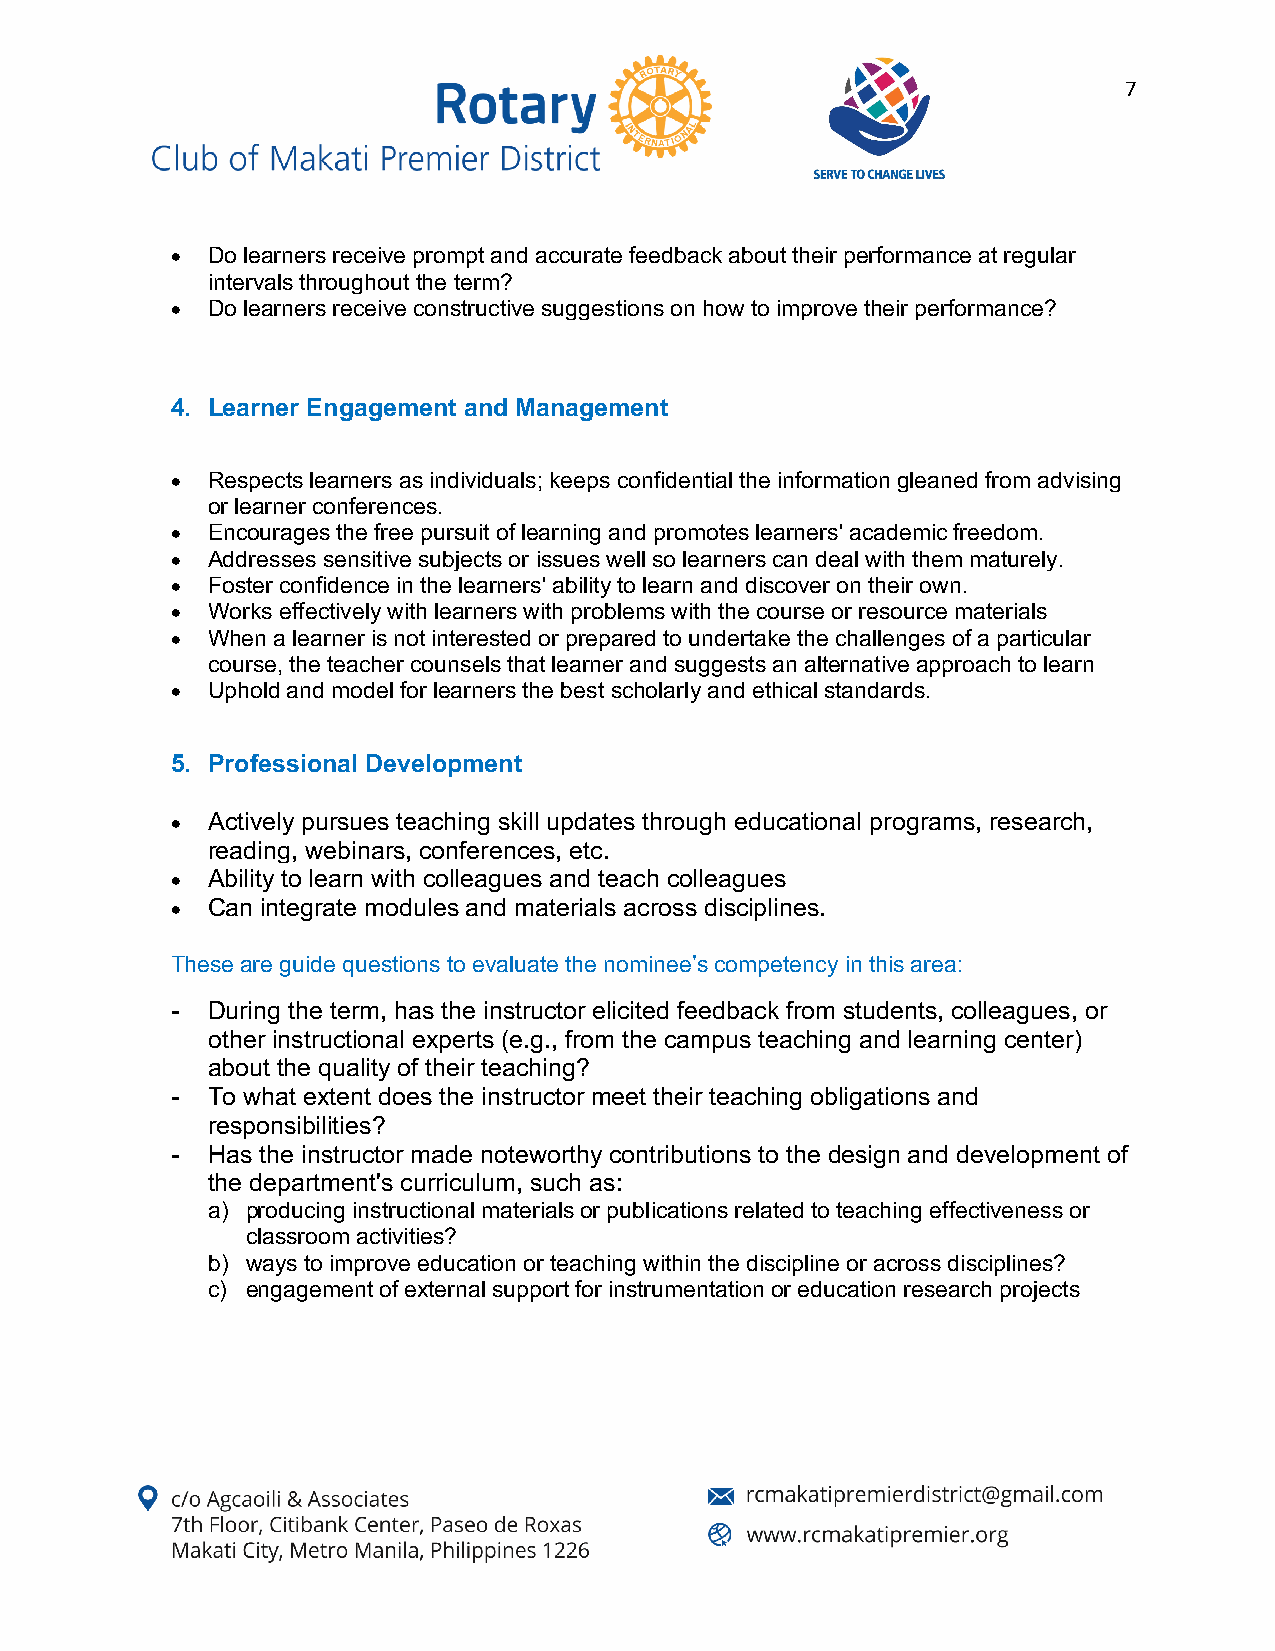
7
 •  Do learners receive prompt and accurate feedback about their performance at regular
 intervals throughout the term?
 •  Do learners receive constructive suggestions on how to improve their performance?
 4. Learner Engagement and Management
 •  Respects learners as individuals; keeps confidential the information gleaned from advising
 or learner conferences.
 •  Encourages the free pursuit of learning and promotes learners' academic freedom.
 •  Addresses sensitive subjects or issues well so learners can deal with them maturely.
 •  Foster confidence in the learners' ability to learn and discover on their own.
 •  Works effectively with learners with problems with the course or resource materials
 •  When a learner is not interested or prepared to undertake the challenges of a particular
 course, the teacher counsels that learner and suggests an alternative approach to learn
 •  Uphold and model for learners the best scholarly and ethical standards.
 5. Professional Development
 •  Actively pursues teaching skill updates through educational programs, research,
 reading, webinars, conferences, etc.
 •  Ability to learn with colleagues and teach colleagues
 •  Can integrate modules and materials across disciplines.
 These are guide questions to evaluate the nominee’s competency in this area:
 -  During the term, has the instructor elicited feedback from students, colleagues, or
 other instructional experts (e.g., from the campus teaching and learning center)
 about the quality of their teaching?
 -  To what extent does the instructor meet their teaching obligations and
 responsibilities?
 -  Has the instructor made noteworthy contributions to the design and development of
 the department's curriculum, such as:
 a) producing instructional materials or publications related to teaching effectiveness or
 classroom activities?
 b) ways to improve education or teaching within the discipline or across disciplines?
 c) engagement of external support for instrumentation or education research projects